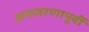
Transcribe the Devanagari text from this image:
अनावरणापूर्वी